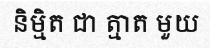
និម្មិត ជា ត្មាត មួយ